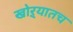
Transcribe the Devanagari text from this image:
खोऱ्यातच